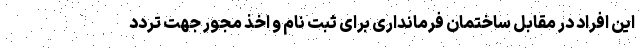
این افراد در مقابل ساختمان فرمانداری برای ثبت نام و اخذ مجور جهت تردد